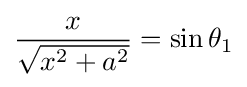
{\frac {x}{\sqrt {x^{2}+a^{2}}}}=\sin \theta _{1}